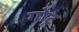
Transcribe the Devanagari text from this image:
गो़ट